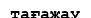
тағажау